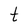
Character: t